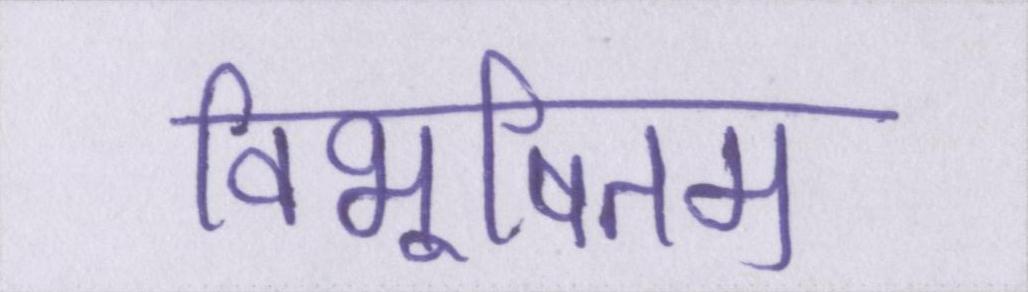
विभूषितम